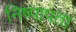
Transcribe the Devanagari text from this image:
निष्पापता